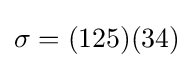
\sigma =(125)(34)